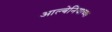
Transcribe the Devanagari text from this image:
आल्बेनियाच्या